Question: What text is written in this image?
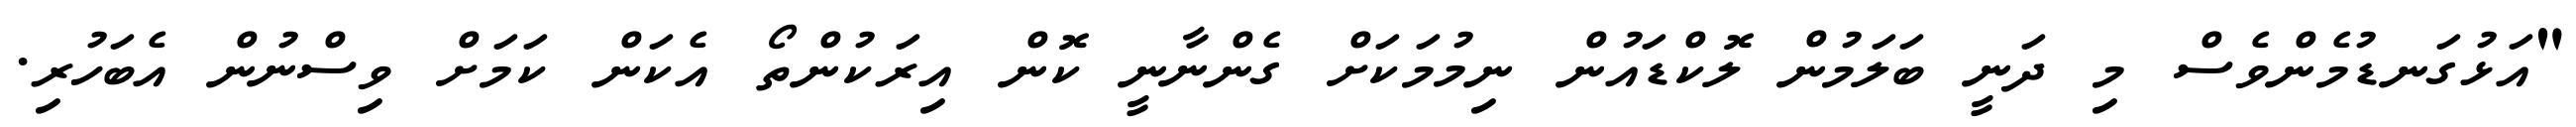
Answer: "އަޅުގަނޑުމެންވެސް މި ދަނީ ބަލަމުން ލޮކްޑައުން ނިމުމަކަށް ގެންނާނީ ކޮން އިރަކުންތޯ އެކަން ކަމަށް ވިސްނުން އެބަހުރި.